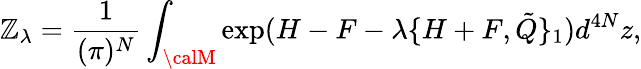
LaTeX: \mathbb{Z}_{\lambda}=\frac{{1}}{{(\pi)^{N}}}\int_{{\calM}}\exp(H-F-\lambda\{ H+F,{\tilde{{Q}}\} _{1}})d^{4N}z,